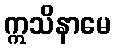
ဣသိနာမေ